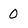
Character: 0